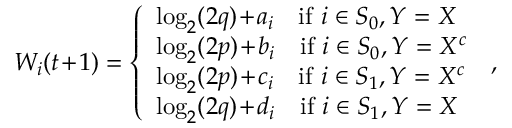
W _ { i } ( t \! + \! 1 ) = \left\{ \begin{array} { l l } { \log _ { 2 } ( 2 q ) \! + \! a _ { i } \quad \mathrm { i f ~ } i \in S _ { 0 } , Y = X } \\ { \log _ { 2 } ( 2 p ) \! + \! b _ { i } \quad \mathrm { i f ~ } i \in S _ { 0 } , Y = X ^ { c } } \\ { \log _ { 2 } ( 2 p ) \! + \! c _ { i } \quad \mathrm { i f ~ } i \in S _ { 1 } , Y = X ^ { c } } \\ { \log _ { 2 } ( 2 q ) \! + \! d _ { i } \quad \mathrm { i f ~ } i \in S _ { 1 } , Y = X } \end{array} \right. \, ,